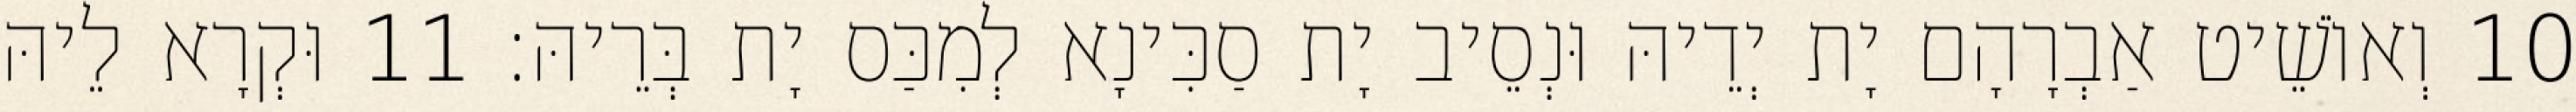
10 וְאוֹשֵׁיט אַבְרָהָם יָת יְדֵיהּ וּנְסֵיב יָת סַכִּינָא לְמִכַּס יָת בְּרֵיהּ׃ 11 וּקְרָא לֵיהּ